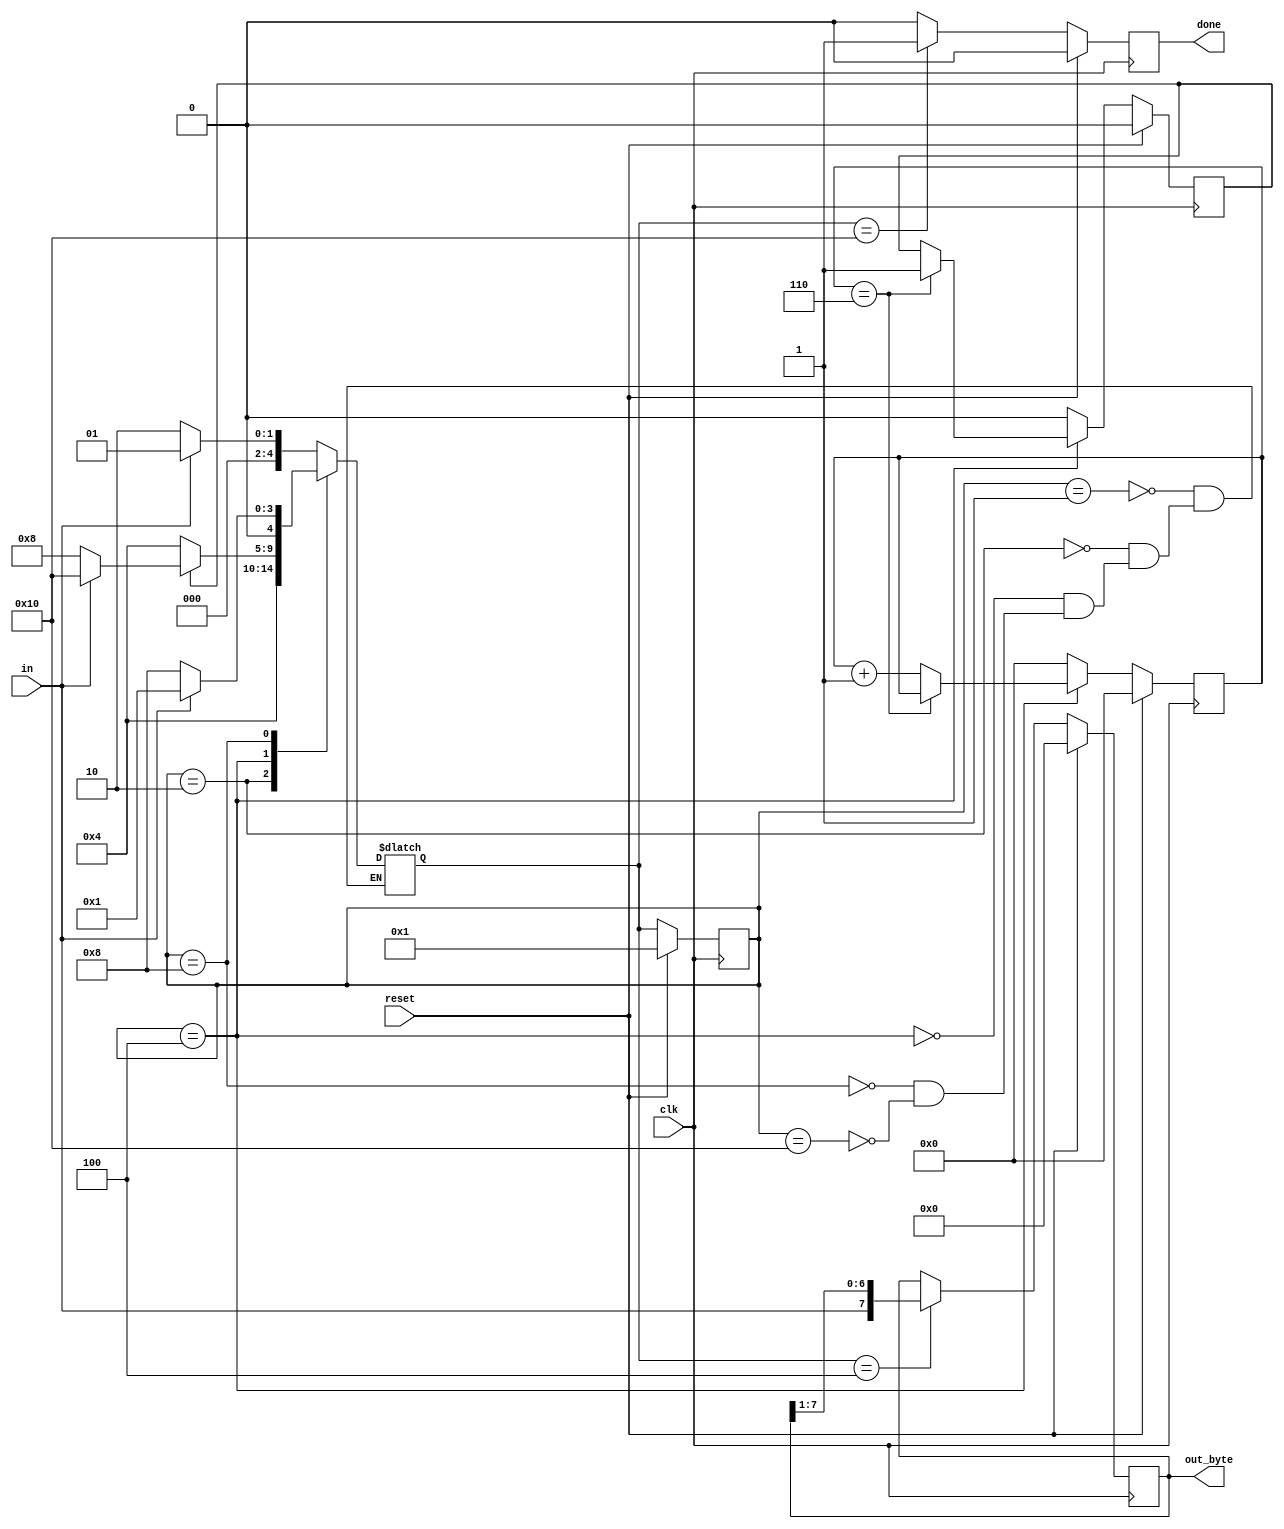
module top_module(
    input clk,
    input in,
    input reset,    // Synchronous reset
    output [7:0] out_byte,
    output done
); //

    // Use FSM from Fsm_serial
    parameter IDLE  = 5'b00001 ;
    parameter START = 5'b00010 ;
    parameter DATA  = 5'b00100 ;
    parameter WAIT  = 5'b01000 ;
    parameter STOP  = 5'b10000 ;
    
    reg [4:0] cstate ;
    reg [4:0] nstate ;
    reg [3:0] data_cnt ;
    reg [7:0] o_byte ;
    reg data_ena ;
    reg data_end ;
    reg o_done ;
    
    assign data_ena = (cstate == DATA) ;
    assign done = o_done ;
    assign out_byte = o_byte ;
    
    always @(posedge clk) begin
        if(reset) begin
            cstate <= IDLE ;
        end
        else begin
            cstate <= nstate ;
        end
    end
    
    always @(*) begin
        case(cstate)
            IDLE  : nstate = in ? IDLE : START ;
            START : nstate = DATA ;
            DATA  : nstate = data_end ? (in ? STOP : WAIT) : DATA;
            WAIT  : nstate = in ? IDLE : WAIT ;
            STOP  : nstate = in ? IDLE : START ;
        endcase
    end
    
    always @(posedge clk) begin
        if(reset) begin
            data_cnt <= 4'b0000 ;
            data_end <= 1'b0 ;
        end
        else begin
            if(data_ena) begin
                if(data_cnt == 6) begin
                    data_end <= 1'b1 ;
                end
                else begin
                    data_cnt <= data_cnt + 1'b1 ;
                end
            end
            else begin
                data_cnt <= 4'b0000 ;
                data_end <= 1'b0 ;
            end
        end
    end
    
    always @(posedge clk) begin
        if(reset) begin
            o_done <= 1'b0 ;
        end
        else begin
            if(nstate == STOP) begin
                o_done <= 1'b1 ;
            end
            else begin
                o_done <= 1'b0 ;
            end
        end
    end

    always @(posedge clk) begin
        if(reset) begin
            o_byte <= 8'b0 ;
        end
        else begin
            if(nstate == DATA) begin
                o_byte <= {in, o_byte[7:1]} ;
            end
        end
    end

endmodule